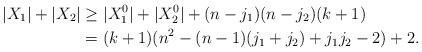
LaTeX: \begin{align*}|X_1| + |X_2| &\geq |X_1^0| + |X_2^0| + (n-j_1)(n -j_2)(k+1) \\&= (k+1)( n^2 - (n-1)(j_1 + j_2) + j_1j_2 - 2) + 2 .\end{align*}